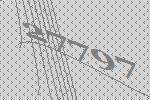
27797